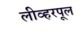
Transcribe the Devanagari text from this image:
लीव्हरपूल